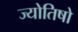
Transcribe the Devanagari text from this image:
ज्योतिषो